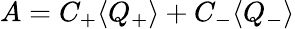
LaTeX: A=C_{+}\langle Q_{+}\rangle+C_{-}\langle Q_{-}\rangle